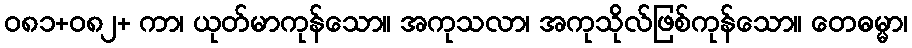
ဝ၈၁+၀၈၂+ ကာ၊ ယုတ်မာကုန်သော။ အကုသလာ၊ အကုသိုလ်ဖြစ်ကုန်သော။ တေဓမ္မာ၊